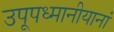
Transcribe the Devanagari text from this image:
उपूपध्मानीयानां